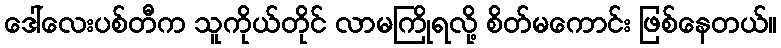
ဒေါ်လေးပစ်တီက သူကိုယ်တိုင် လာမကြိုရလို့ စိတ်မကောင်း ဖြစ်နေတယ်။